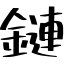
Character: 鏈